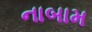
નાબામ